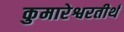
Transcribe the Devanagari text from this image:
कुमारेश्वरतीर्थ